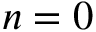
n = 0